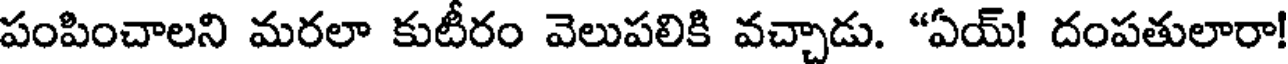
పంపించాలని మరలా కుటీరం వెలుపలికి వచ్చాడు. "ఏయ్! దంపతులారా